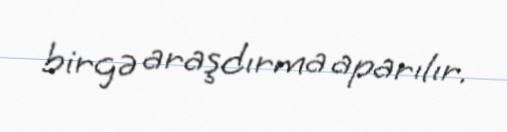
birgə araşdırma aparılır.